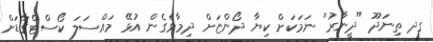
ގދ ތިނަދޫ "ދީނާރު" ނަމަކަށް ކިޔާ ދޯންޏަށް ދިމާވެގެން އުޅޭ މައްސަލަ ކޯސްޓްގާޑަށް